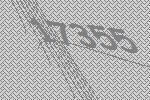
17355